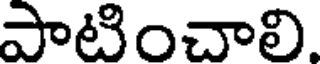
పాటించాలి.